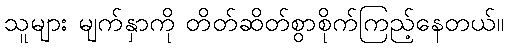
သူများ မျက်နှာကို တိတ်ဆိတ်စွာစိုက်ကြည့်နေတယ်။